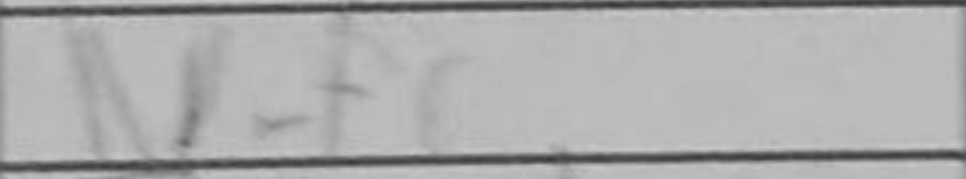
Transcription: Nf6